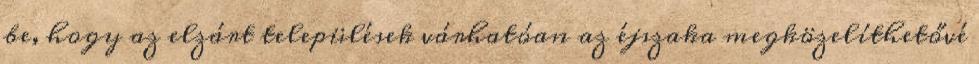
be, hogy az elzárt települések várhatóan az éjszaka megközelíthetővé